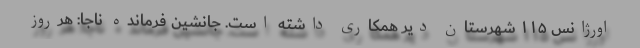
اورژانس ۱۱۵ شهرستان دیر همکاری داشته است. جانشین فرمانده ناجا: هرروز